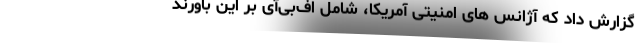
گزارش داد که آژانس های امنیتی آمریکا، شامل اف‌بی‌آی بر این باورند